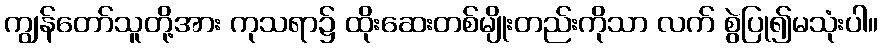
ကျွန်တော်သူတို့အား ကုသရာ၌ ထိုးဆေးတစ်မျိုးတည်းကိုသာ လက် စွဲပြု၍မသုံးပါ။